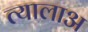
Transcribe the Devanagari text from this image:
त्यालाअ